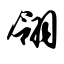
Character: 翎